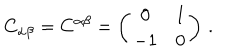
C _ { \alpha \beta } = C ^ { \alpha \beta } = \left( \begin{array} { c c } { { 0 } } & { { 1 } } \\ { { - 1 } } & { { 0 } } \\ \end{array} \right) \, .